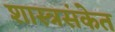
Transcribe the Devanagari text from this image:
शास्त्रसंकेत